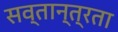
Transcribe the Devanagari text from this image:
सव्तान्त्रता